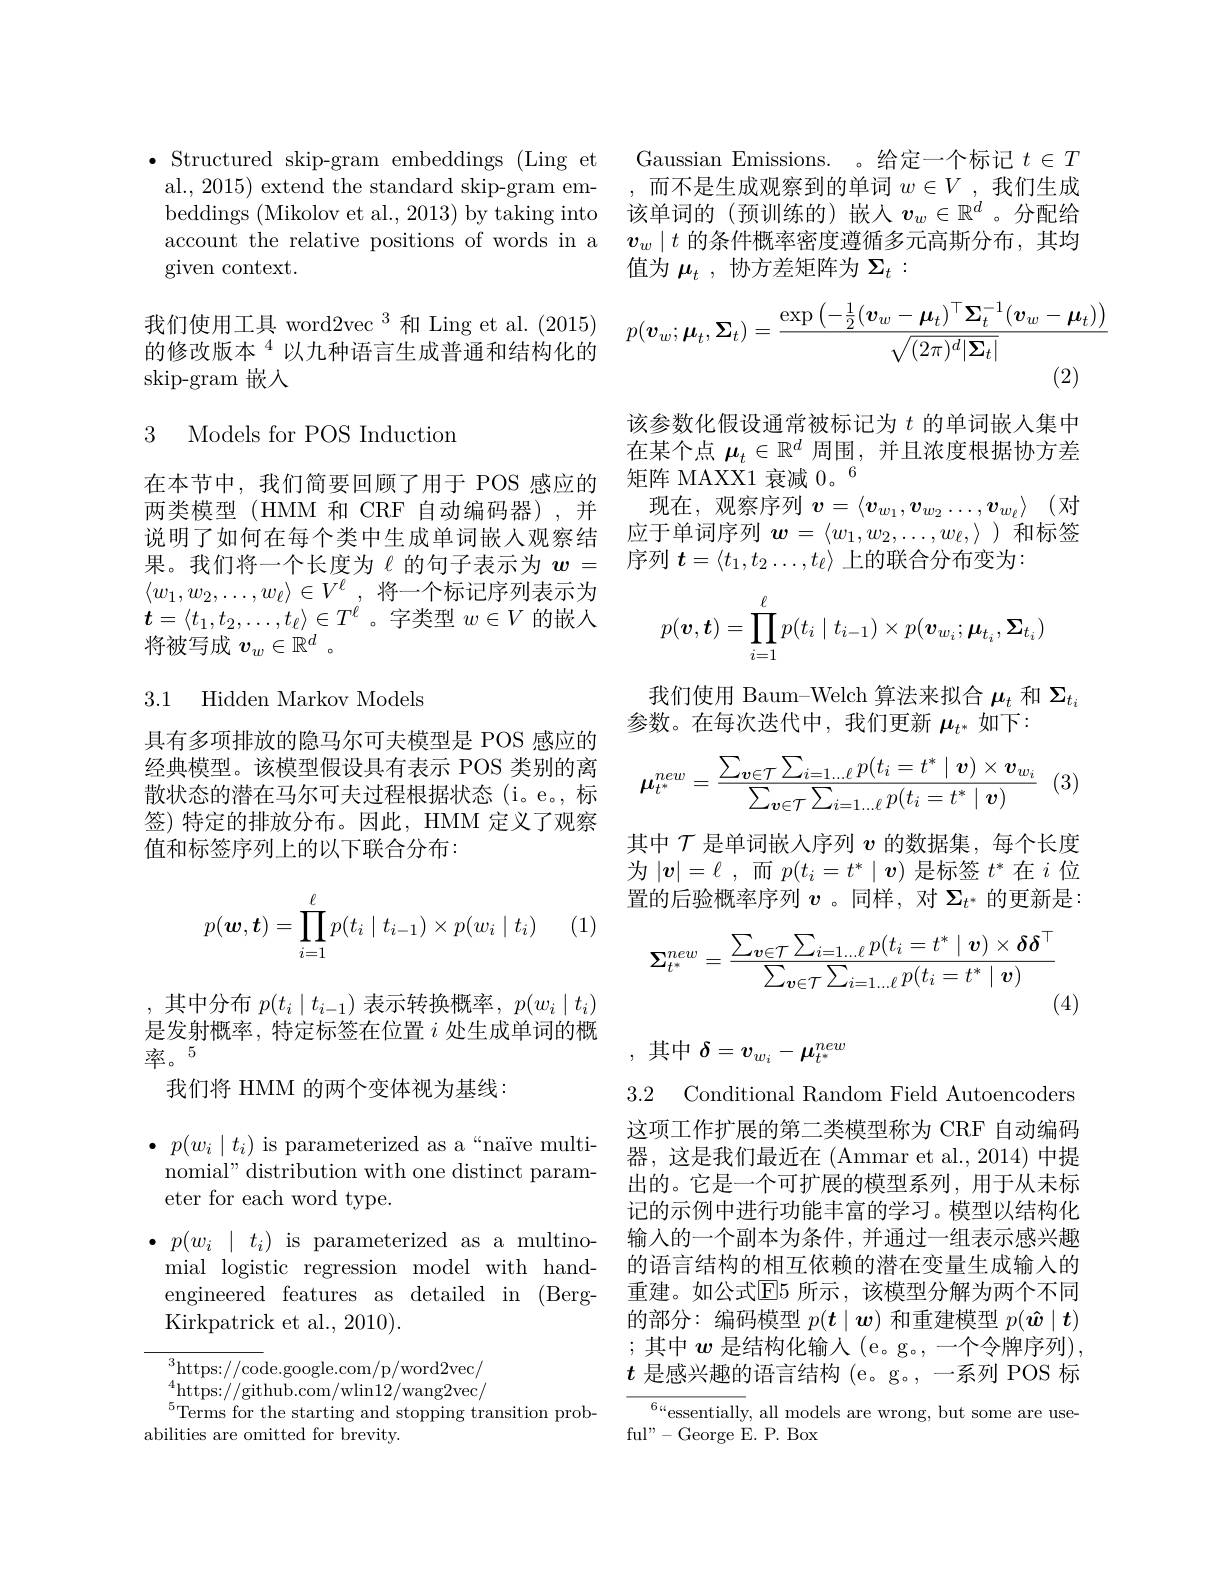
given context.

我们使用工具 word2vec 3 和 Ling et al. (2015) 的修改版本$^{4}$以九种语言生成普通和结构化的skip-gram 嵌入

### 3 Models for POS Inductiom

$\langle w_1, w_2, \ldots , w_\ell \rangle \in V^\ell$ , 将一个标记序列表示为$\boldsymbol{t}=\langle t_{1},t_{2},\ldots,t_{\ell}\rangle\in T^{\ell^{\prime}}$。字类型$w\in V$的嵌入将被写成$v_w\in\mathbb{R}^d$ 。

3.1 Hidden Markov Models

具有多项排放的隐马尔可夫模型是 POS 感应的经典模型。该模型假设具有表示 POS 类别的离散状态的潜在马尔可夫过程根据状态(i。e。, 标签) 特定的排放分布。因此，HMM 定义了观察值和标签序列上的以下联合分布：
$$p(\boldsymbol{w},\boldsymbol{t})=\prod_{i=1}^\ell p(t_i\mid t_{i-1})\times p(w_i\mid t_i)$$
(1

,其中分布$p(t_i\mid t_{i-1})$表示转换概率，$p(w_i\mid t_i)$ 是发射概率，特定标签在位置$i$处生成单词的概

率。5
我们将 HMM 的两个变体视为基线：

$\bullet$ $p( w_i\mid t_i)$ is parameterized as a“naïve multinomial" distribution with one distinct parameter for each word type.

$\bullet p( w_{i}$ | $t_{i})$ is parameterized as a multino-
mial logistic regression model with hand- 的语言结构的相互依赖的潜在变量生成输入的engineered features as detailed in (Berg- 重建。如公式E5 所示，该模型分解为两个不同Kirkpatrick et al., 2010).

$^{3}$https://code.google.com/p/word2vec/ $\operatorname*{lim}_{5\mathrm{T}}^{4}$https://github.com/wlin12/wang2vec/ $^{5}$Terms for the starting and stopping transition prob-
abilities are omitted for brevity.

$\bullet$ Structured skip-gram embeddings (Ling et Gaussian Emissions. 。给定一个标记$t\in T$ al., 2015) extend the standard skip-gram em- , 而不是生成观察到的单词$w\in V$ ,我们生成beddings (Mikolov et al., 2013) by taking into 该单词的 (预训练的) 嵌入$v_w\in\mathbb{R}^d$ 。分配给account the relative positions of words in a $\boldsymbol{v}_w\mid t$的条件概率密度遵循多元高斯分布，其均
值为$\mu_t$,协方差矩阵为$\Sigma_t:$
$$p(\boldsymbol{v}_w;\boldsymbol{\mu}_t,\boldsymbol{\Sigma}_t)=\frac{\exp\left(-\frac{1}{2}(\boldsymbol{v}_w-\boldsymbol{\mu}_t)^\top\boldsymbol{\Sigma}_t^{-1}(\boldsymbol{v}_w-\boldsymbol{\mu}_t)\right)}{\sqrt{(2\pi)^d|\boldsymbol{\Sigma}_t|}}$$
该参数化假设通常被标记为$t$的单词嵌人集中在某个点$\mu_t\in\mathbb{R}^d$周围，并且浓度根据协方差
在本节中，我们简要回顾了用于 POS 感应的 矩阵 MAXX1 衰减$0。^{6}$
两类模型(HMM 和 CRF 自动编码器),并 现在，观察序列$v=\langle v_{w_1},v_{w_2}\ldots,v_{w_\ell}\rangle$ (对说明了如何在每个类中生成单词嵌人观察结 应于单词序列$\boldsymbol w=\langle w_1,w_2,\ldots,w_\ell,\rangle$和标签果。我们将一个长度为$\ell$ 的句子表示为 $w=$ 序列 $t=\langle t_1,t_2\ldots,t_\ell\rangle$ 上的联合分布变为：
$$p(\boldsymbol{v},\boldsymbol{t})=\prod_{i=1}^\ell p(t_i\mid t_{i-1})\times p(\boldsymbol{v}_{w_i};\boldsymbol{\mu}_{t_i},\boldsymbol{\Sigma}_{t_i})$$
我们使用 Baum-Welch 算法来拟合$\mu_t$和$\Sigma_{t_i}$
参数。在每次迭代中，我们更新$\mu_t^*$如下：
$$\boldsymbol{\mu}_{t^*}^{new}=\frac{\sum_{\boldsymbol{v}\in\mathcal{T}}\sum_{i=1...\ell}p(t_i=t^*\mid\boldsymbol{v})\times\boldsymbol{v}_{w_i}}{\sum_{\boldsymbol{v}\in\mathcal{T}}\sum_{i=1...\ell}p(t_i=t^*\mid\boldsymbol{v})}$$
其中$\mathcal{T}$是单词嵌人序列$v$的数据集，每个长度为$|v|=\ell$ ,而$p(t_i=t^*\mid v)$是标签$t^*$在$i$位置的后验概率序列$v$ 。同样，对$\Sigma_t^*$的更新是：
$$\boldsymbol{\Sigma}_{t^*}^{new}=\frac{\sum_{\boldsymbol{v}\in\mathcal{T}}\sum_{i=1...\ell}p(t_i=t^*\mid\boldsymbol{v})\times\boldsymbol{\delta}\boldsymbol{\delta}^\top}{\sum_{\boldsymbol{v}\in\mathcal{T}}\sum_{i=1...\ell}p(t_i=t^*\mid\boldsymbol{v})}$$
(4)

,其中$\delta=v_{w_i}-\boldsymbol{\mu}_{t^*}^{new}$

3.2 Conditional Random Field Autoencoders

这项工作扩展的第二类模型称为 CRF 自动编码器，这是我们最近在 (Ammar et al., 2014) 中提出的。它是一个可扩展的模型系列，用于从未标记的示例中进行功能丰富的学习。模型以结构化输入的一个副本为条件，并通过一组表示感兴趣的部分：编码模型$p(\boldsymbol{t}\mid\boldsymbol{w})$和重建模型$p(\hat{\boldsymbol{w}}\mid\boldsymbol{t})$ ;其中$w$是结构化输人(e。g。,一个令牌序列), $t$是感兴趣的语言结构 (e。g。,一系列 POS 标

$\operatorname*{lim}_{\mathrm{c}}^{6.6}$essentially, all models are wrong, but some are use-
ful"-George E. P. Box